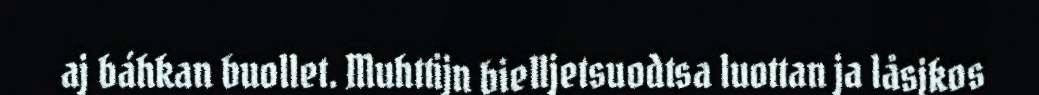
aj báhkan buollet. Muhttijn bielljetsuodtsa luottan ja låsjkos